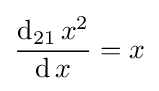
{\frac {\operatorname {d} _{21}x^{2}}{\operatorname {d} x}}=x